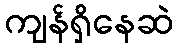
ကျန်ရှိနေဆဲ